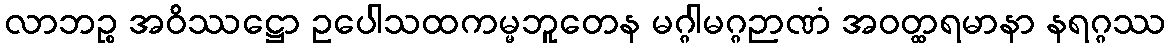
လာဘဉ္စ အဝိဿဋ္ဌော ဥပေါသထကမ္မဘူတေန မဂ္ဂါမဂ္ဂဉာဏံ အဝတ္ထရမာနာ နရဂ္ဂဿ